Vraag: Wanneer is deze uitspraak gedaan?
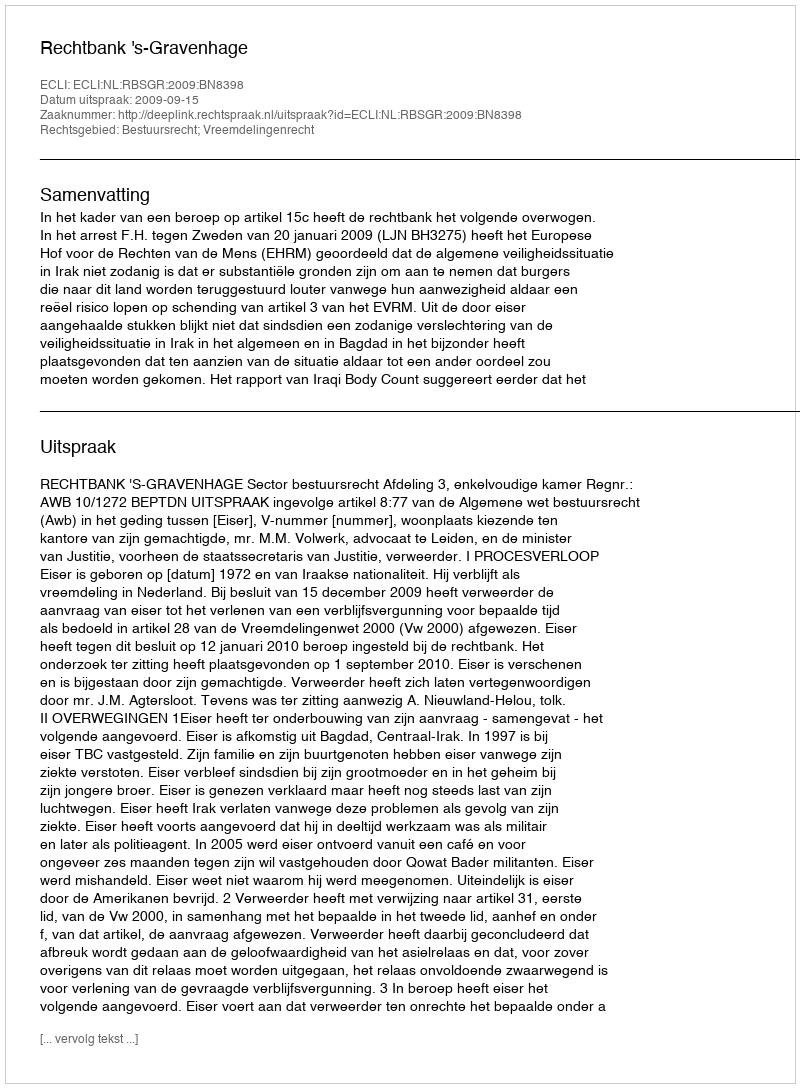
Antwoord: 2009-09-15